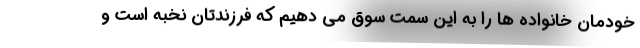
خودمان خانواده ها را به این سمت سوق می دهیم که فرزندتان نخبه است و